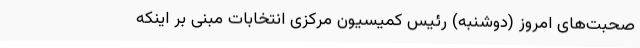
صحبت‌های امروز (دوشنبه) رئیس کمیسیون مرکزی انتخابات مبنی بر اینکه